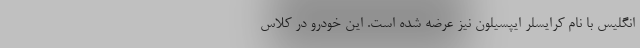
انگلیس با نام کرایسلر ایپسیلون نیز عرضه شده است. این خودرو در کلاس